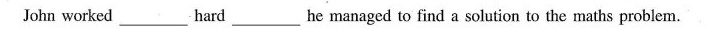
John worked ___hard ___he managed to find a solution to the maths problem.